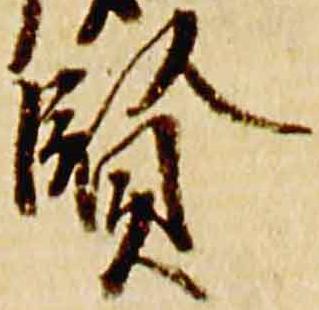
賢